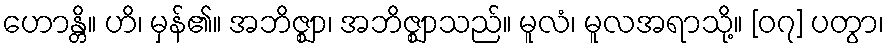
ဟောန္တိ။ ဟိ၊ မှန်၏။ အဘိဇ္ဈာ၊ အဘိဇ္ဈာသည်။ မူလံ၊ မူလအရာသို့။ [၀၇] ပတွာ၊